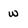
Character: w